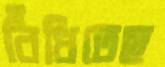
বিঁধিতেছ